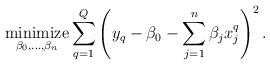
LaTeX: \begin{align*}\underset{\beta_0, \ldots, \beta_n}{\textrm{minimize}} \sum_{q=1}^Q \left(y_q - \beta_0 - \sum_{j=1}^n \beta_j x^q_j\right)^2. \end{align*}